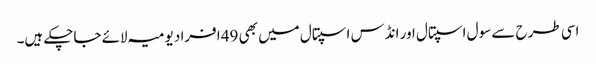
اسی طرح سے سول اسپتال اور انڈس اسپتال میں بھی 49 افراد یومیہ لائے جاچکے ہیں۔